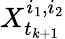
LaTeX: X_{t_{k+1}}^{i_{1},i_{2}}